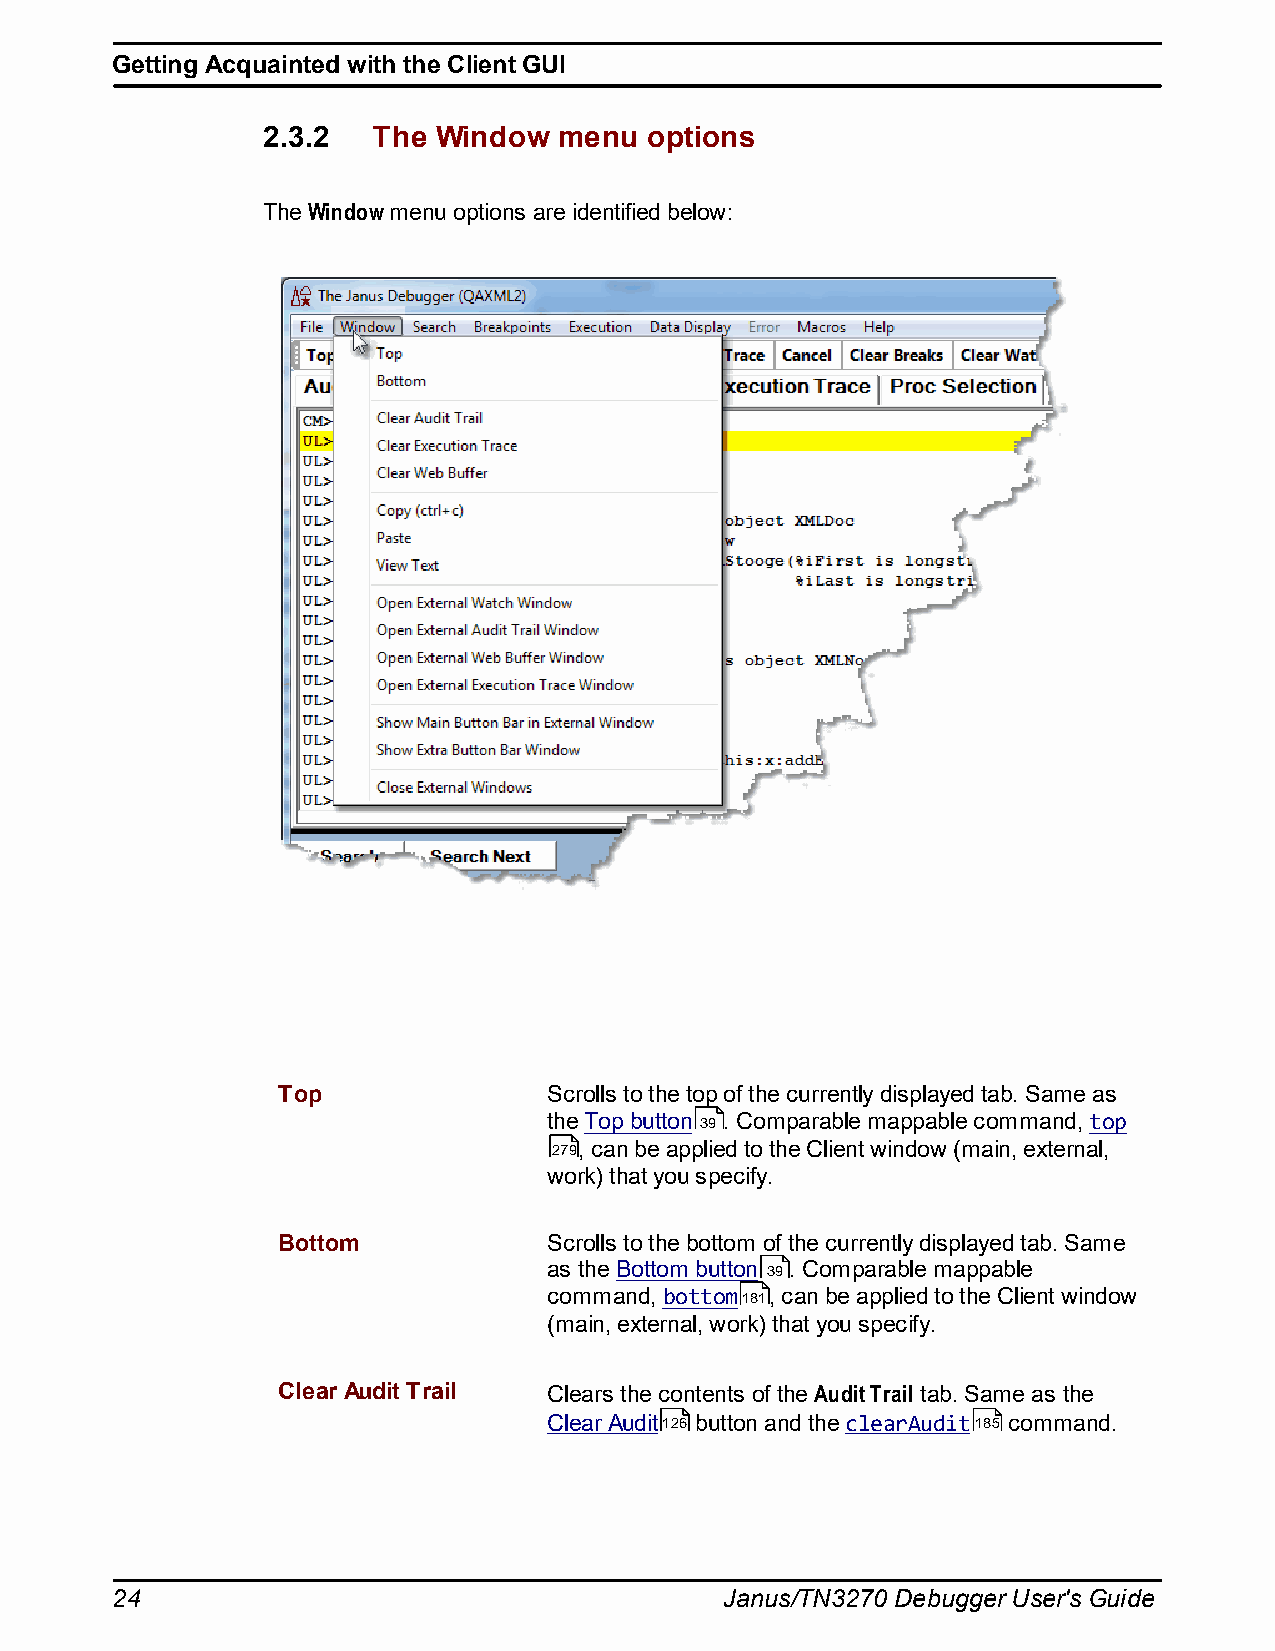
Getting Acquainted with the Client GUI
 2.3.2   The Window  menu  options
 The Window menu options are identified below:
 Top               Scrolls to the top of the currently displayed tab. Same as
 the Top button 39 . Comparable mappable command, top
 279, can be applied to the Client window (main, external,
 work) that you specify.
 Bottom            Scrolls to the bottom of the currently displayed tab. Same
 as the Bottom button 39. Comparable mappable
 command, bottom181, can be applied to the Client window
 (main, external, work) that you specify.
 Clear Audit Trail Clears the contents of the Audit Trail tab. Same as the
 Clear Audit126 button and the clearAudit185 command.
 24                                       Janus/TN3270 Debugger User's Guide